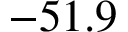
- 5 1 . 9